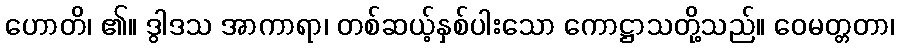
ဟောတိ၊ ၏။ ဒွါဒသ အာကာရာ၊ တစ်ဆယ့်နှစ်ပါးသော ကောဋ္ဌာသတို့သည်။ ဝေမတ္တတာ၊